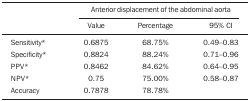
<table><thead><tr><td></td><td colspan="3"><b>Anterior displacement of the abdominalaorta </b></td></tr><tr><td></td><td><b>Value</b></td><td><b>Percentage</b></td><td><b>95% CI</b></td></tr></thead><tbody><tr><td>Sensitivity*</td><td>0.6875</td><td>68.75% </td><td>0.49–0.83</td></tr><tr><td>Specificity*</td><td>0.8824</td><td>88.24%</td><td>0.71–0.96</td></tr><tr><td>PPV*</td><td>0.8462</td><td>84.62%</td><td>0.64–0.95</td></tr><tr><td>NPV*</td><td>0.75</td><td>75.00%</td><td>0.58–0.87</td></tr><tr><td>Accuracy</td><td>0.7878</td><td>78.78%</td><td></td></tr></tbody></table>